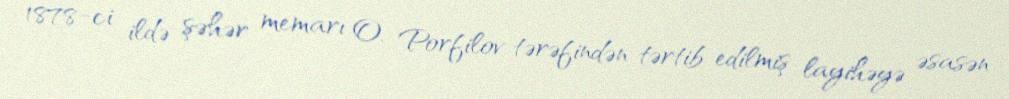
1878-ci ildə şəhər memarı O. Porfilov tərəfindən tərtib edilmiş layihəyə əsasən